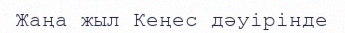
Жаңа жыл Кеңес дәуірінде